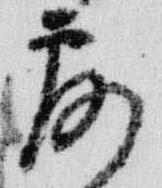
露